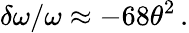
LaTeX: \delta\omega/\omega\approx-68\theta^{2}\, .